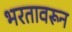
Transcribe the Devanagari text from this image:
भरतावरून